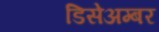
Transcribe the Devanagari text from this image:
डिसेअम्बर